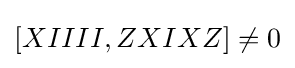
[XIIII,ZXIXZ]\neq 0